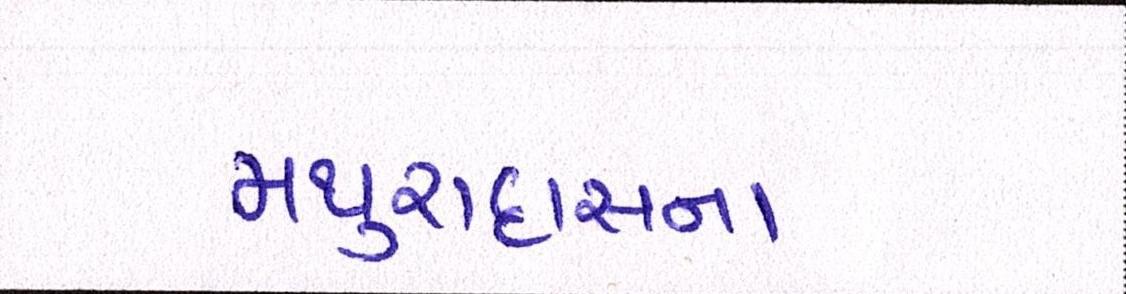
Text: મથુરાદાસના